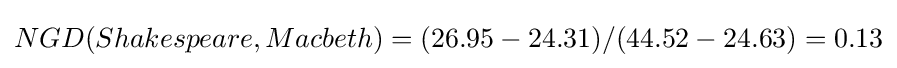
NGD(Shakespeare,Macbeth)=(26.95-24.31)/(44.52-24.63)=0.13